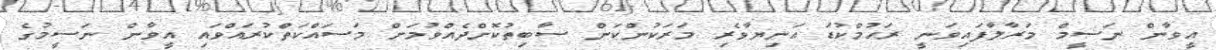
އީވާން ނަސީމް މަރާލާފައިވަނީ ރަޙުމްކުޑަ އަނިޔާވެރި މަރަކުންކަން ސާބިތުކޮށްދެއްވުމަށް މަސައްކަތްކުރައްވައި އީވާން ނަސީމުގެ